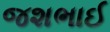
જશભાઈ